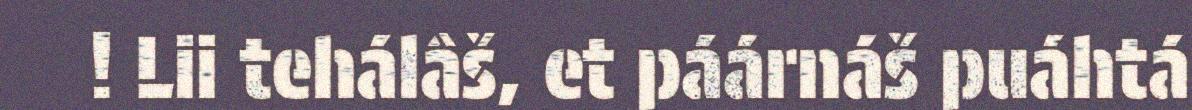
! Lii tehálâš, et páárnáš puáhtá